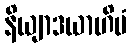
နိယျာဒယာဟိမံ